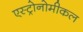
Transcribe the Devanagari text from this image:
एस्ट्रोनोमीकल